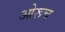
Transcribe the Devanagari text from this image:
ओरूच